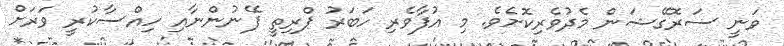
ވަނީ ސަރޮގޭޝަން މެދުވެރިކޮށެވެ. މި އުފާވެރި ހަބަރު ޕްރިތީ ފޭނުންނާއި ހިއްސާކުރީ ވަރަށް